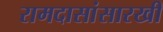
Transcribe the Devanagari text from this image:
रामदासांसारखी